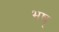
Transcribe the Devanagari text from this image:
भष्